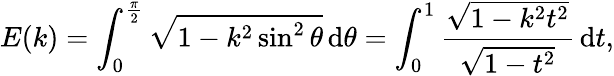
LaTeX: E(k)=\int_{0}^{\frac{\pi}{2}}{\sqrt{1-k^{2}\sin^{2}\theta}}\, \mathrm{d}\theta=\int_{0}^{1}{\frac{\sqrt{1-k^{2}t^{2}}}{\sqrt{1-t^{2}}}}\, \mathrm{d}t,